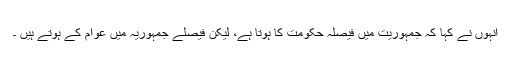
انہوں نے کہا کہ جمہوریت میں فیصلہ حکومت کا ہوتا ہے، لیکن فیصلے جمہوریہ میں عوام کے ہوتے ہیں ۔